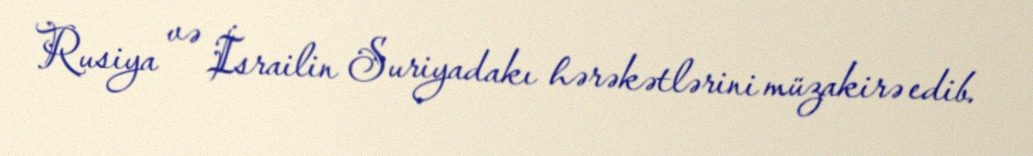
Rusiya və İsrailin Suriyadakı hərəkətlərini müzakirə edib.